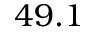
4 9 . 1